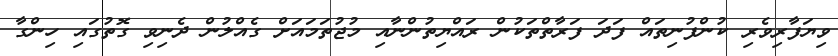
ވިޔަފާރިވެރި ކުންފުނިތައް ފަދަ ފަރާތްތަކުން ރައްޔިތުންނާއި މުޖުތަމައަށް ގެއްލުން ދެނިވި ގޮތުގައި ހިންގާ